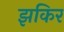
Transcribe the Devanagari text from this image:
झकिर